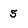
Character: 5